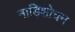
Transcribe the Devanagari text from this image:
नाड़िशोधन